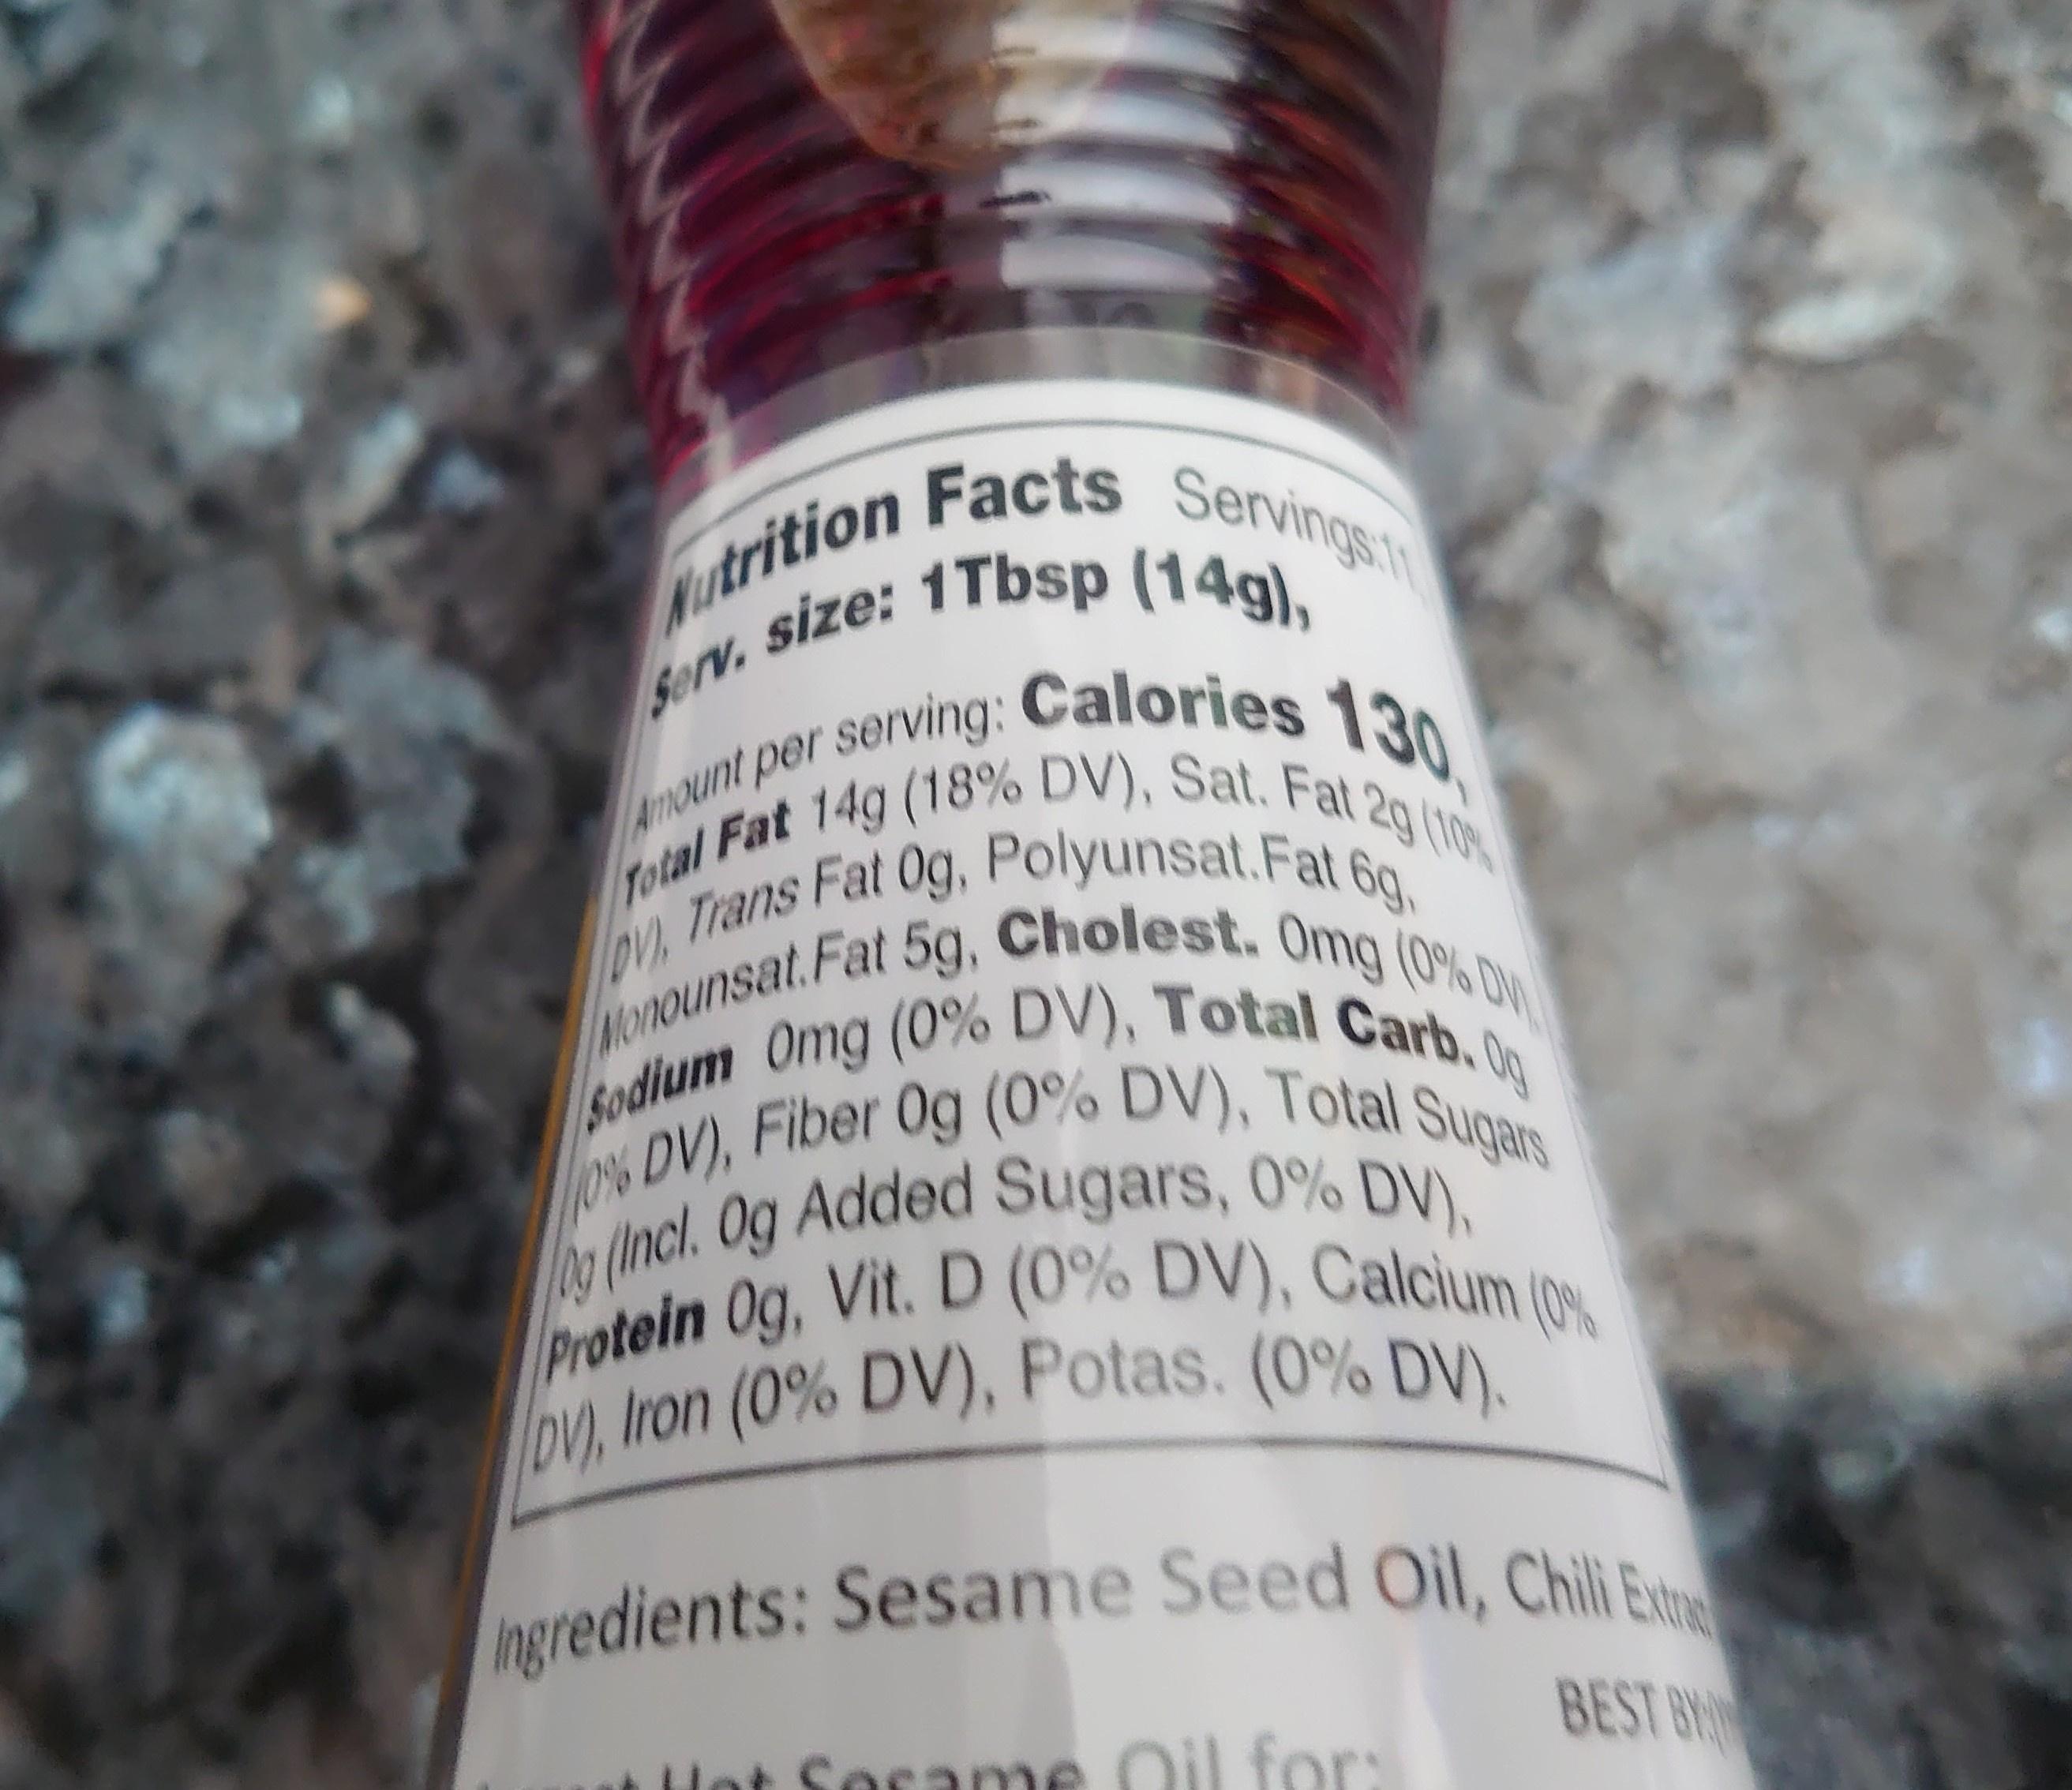
Monounsat.Fat 5g, Cholest. Omg (0% DW Sodium Omg (0% DV), Total Carb. 0g
Nutrition Facts Servings
0s(Incl. Og Added Sugars, 0% DV),
Total Fat 14g (18% DV), Sat. Fal 2g (10
DV), Iron (0% DV), Potas. (0% DV).
Ingredients: Sesame Seed Oil, Chill Extu
Protein Og, Vit. D (0% DV), Calcium (0%
O% DV), Fiber 0g (0% DV), Total Sugars
utrition Facts size: 1Tbsp (14g),
Serv.
Calories
130
ATIOunt per serving:
Protein Og, Vit. D (0% DV), Calcium o
ngredients: Sesame Seed Oil, Chil E
Sorame Oil for:
BEST B